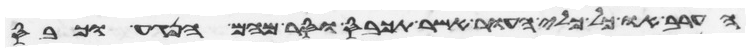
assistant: הערב או כל כלי העור אשר תכבס וסר מהם הנגע וכבס